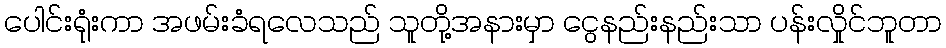
ပေါင်းရုံးကာ အဖမ်းခံရလေသည် သူတို့အနားမှာ ငွေနည်းနည်းသာ ပန်းလှိုင်ဘူတာ